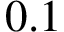
0 . 1